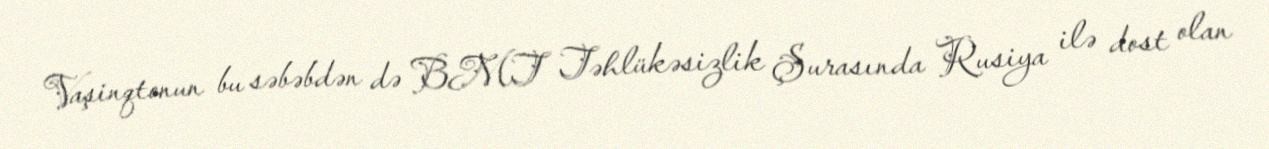
Vaşinqtonun bu səbəbdən də BMT Təhlükəsizlik Şurasında Rusiya ilə dost olan